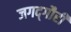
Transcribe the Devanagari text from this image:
जगद्‌गौरी